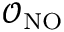
\mathcal { O } _ { \mathrm { N O } }